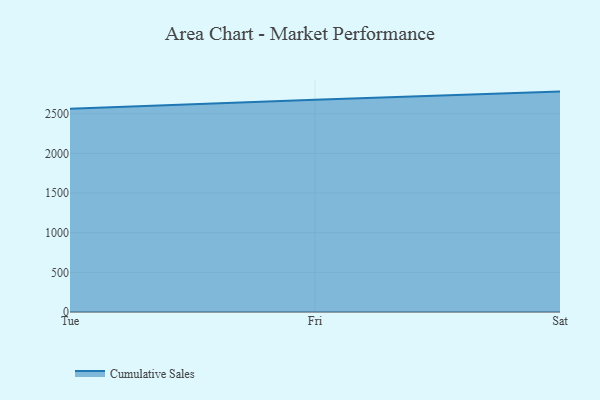
{"axis": {"x": "Day", "y": "Customer Acquisition Cost (USD)"}, "legend": ["Cumulative Sales"], "data": [{"x": "Tue", "y": 2563.7, "type": "Cumulative Sales"}, {"x": "Fri", "y": 2677.2, "type": "Cumulative Sales"}, {"x": "Sat", "y": 2779.8, "type": "Cumulative Sales"}]}